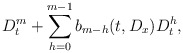
\begin{align*}D_t^m+\sum_{h=0}^{m-1}b_{m-h}(t,D_x)D_t^h,\end{align*}